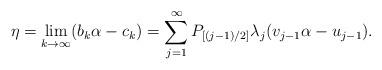
LaTeX: \begin{align*}\eta = \lim_{k\to\infty} ( b_k\alpha-c_k) =\sum _{j=1}^\infty P_{[(j-1)/2]} \lambda_j ( v_{j-1}\alpha-u_{j-1}).\end{align*}